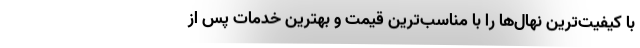
با کیفیت‌­ترین نهال­‌ها را با مناسب‌­ترین قیمت و بهترین خدمات پس از